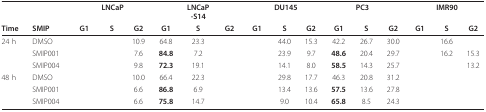
<table><thead><tr><td>[EMPTY_CELL]</td><td>[EMPTY_CELL]</td><td>[EMPTY_CELL]</td><td colspan="2"><b>LNCaP</b></td><td>[EMPTY_CELL]</td><td><b>LNCaP-S14</b></td><td>[EMPTY_CELL]</td><td>[EMPTY_CELL]</td><td colspan="2"><b>DU145</b></td><td>[EMPTY_CELL]</td><td><b>PC3</b></td><td>[EMPTY_CELL]</td><td>[EMPTY_CELL]</td><td colspan="2"><b>IMR90</b></td></tr><tr><td><b>Time</b></td><td><b>SMIP</b></td><td><b>G1</b></td><td><b>S</b></td><td><b>G2</b></td><td><b>G1</b></td><td><b>S</b></td><td><b>G2</b></td><td><b>G1</b></td><td><b>S</b></td><td><b>G2</b></td><td><b>G1</b></td><td><b>S</b></td><td><b>G2</b></td><td><b>G1</b></td><td><b>S</b></td><td><b>G2</b></td></tr></thead><tbody><tr><td>24 h</td><td>DMSO</td><td>[EMPTY_CELL]</td><td>[EMPTY_CELL]</td><td>10.9</td><td>64.8</td><td>23.3</td><td>[EMPTY_CELL]</td><td>[EMPTY_CELL]</td><td>44.0</td><td>15.3</td><td>42.2</td><td>26.7</td><td>30.0</td><td>[EMPTY_CELL]</td><td>16.6</td><td>[EMPTY_CELL]</td></tr><tr><td>[EMPTY_CELL]</td><td>SMIP001</td><td>[EMPTY_CELL]</td><td>[EMPTY_CELL]</td><td>7.6</td><td><b>84.8</b></td><td>7.2</td><td>[EMPTY_CELL]</td><td>[EMPTY_CELL]</td><td>23.9</td><td>9.7</td><td><b>48.6</b></td><td>20.4</td><td>29.7</td><td>[EMPTY_CELL]</td><td>16.2</td><td>15.3</td></tr><tr><td>[EMPTY_CELL]</td><td>SMIP004</td><td>[EMPTY_CELL]</td><td>[EMPTY_CELL]</td><td>9.8</td><td><b>72.3</b></td><td>19.1</td><td>[EMPTY_CELL]</td><td>[EMPTY_CELL]</td><td>14.1</td><td>8.0</td><td><b>58.5</b></td><td>14.3</td><td>25.7</td><td>[EMPTY_CELL]</td><td>[EMPTY_CELL]</td><td>13.2</td></tr><tr><td>48 h</td><td>DMSO</td><td>[EMPTY_CELL]</td><td>[EMPTY_CELL]</td><td>10.0</td><td>66.4</td><td>22.3</td><td>[EMPTY_CELL]</td><td>[EMPTY_CELL]</td><td>29.8</td><td>17.7</td><td>46.3</td><td>20.8</td><td>31.2</td><td>[EMPTY_CELL]</td><td>[EMPTY_CELL]</td><td>[EMPTY_CELL]</td></tr><tr><td>[EMPTY_CELL]</td><td>SMIP001</td><td>[EMPTY_CELL]</td><td>[EMPTY_CELL]</td><td>6.6</td><td><b>86.8</b></td><td>6.9</td><td>[EMPTY_CELL]</td><td>[EMPTY_CELL]</td><td>13.4</td><td>13.6</td><td><b>57.5</b></td><td>13.6</td><td>27.8</td><td>[EMPTY_CELL]</td><td>[EMPTY_CELL]</td><td>[EMPTY_CELL]</td></tr><tr><td>[EMPTY_CELL]</td><td>SMIP004</td><td>[EMPTY_CELL]</td><td>[EMPTY_CELL]</td><td>6.6</td><td><b>75.8</b></td><td>14.7</td><td>[EMPTY_CELL]</td><td>[EMPTY_CELL]</td><td>9.0</td><td>10.4</td><td><b>65.8</b></td><td>8.5</td><td>24.3</td><td>[EMPTY_CELL]</td><td>[EMPTY_CELL]</td><td>[EMPTY_CELL]</td></tr></tbody></table>